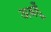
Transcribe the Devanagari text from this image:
अबहूँ